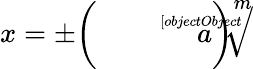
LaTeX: x=\pm\left({\sqrt[[objectObject]]{a}}\right)^{m}